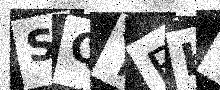
Text: SQYBH6